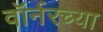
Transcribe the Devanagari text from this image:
वॉर्नरच्या